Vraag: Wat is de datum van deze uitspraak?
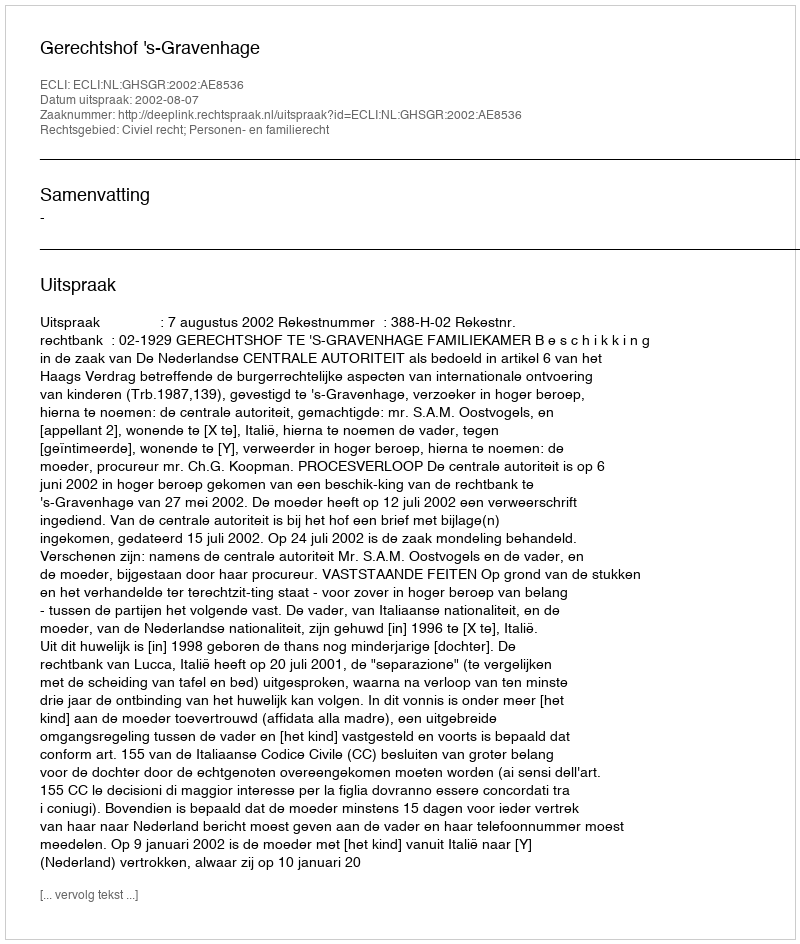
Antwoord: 2002-08-07